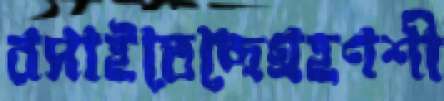
রসাইতেছেগ্রহণশী